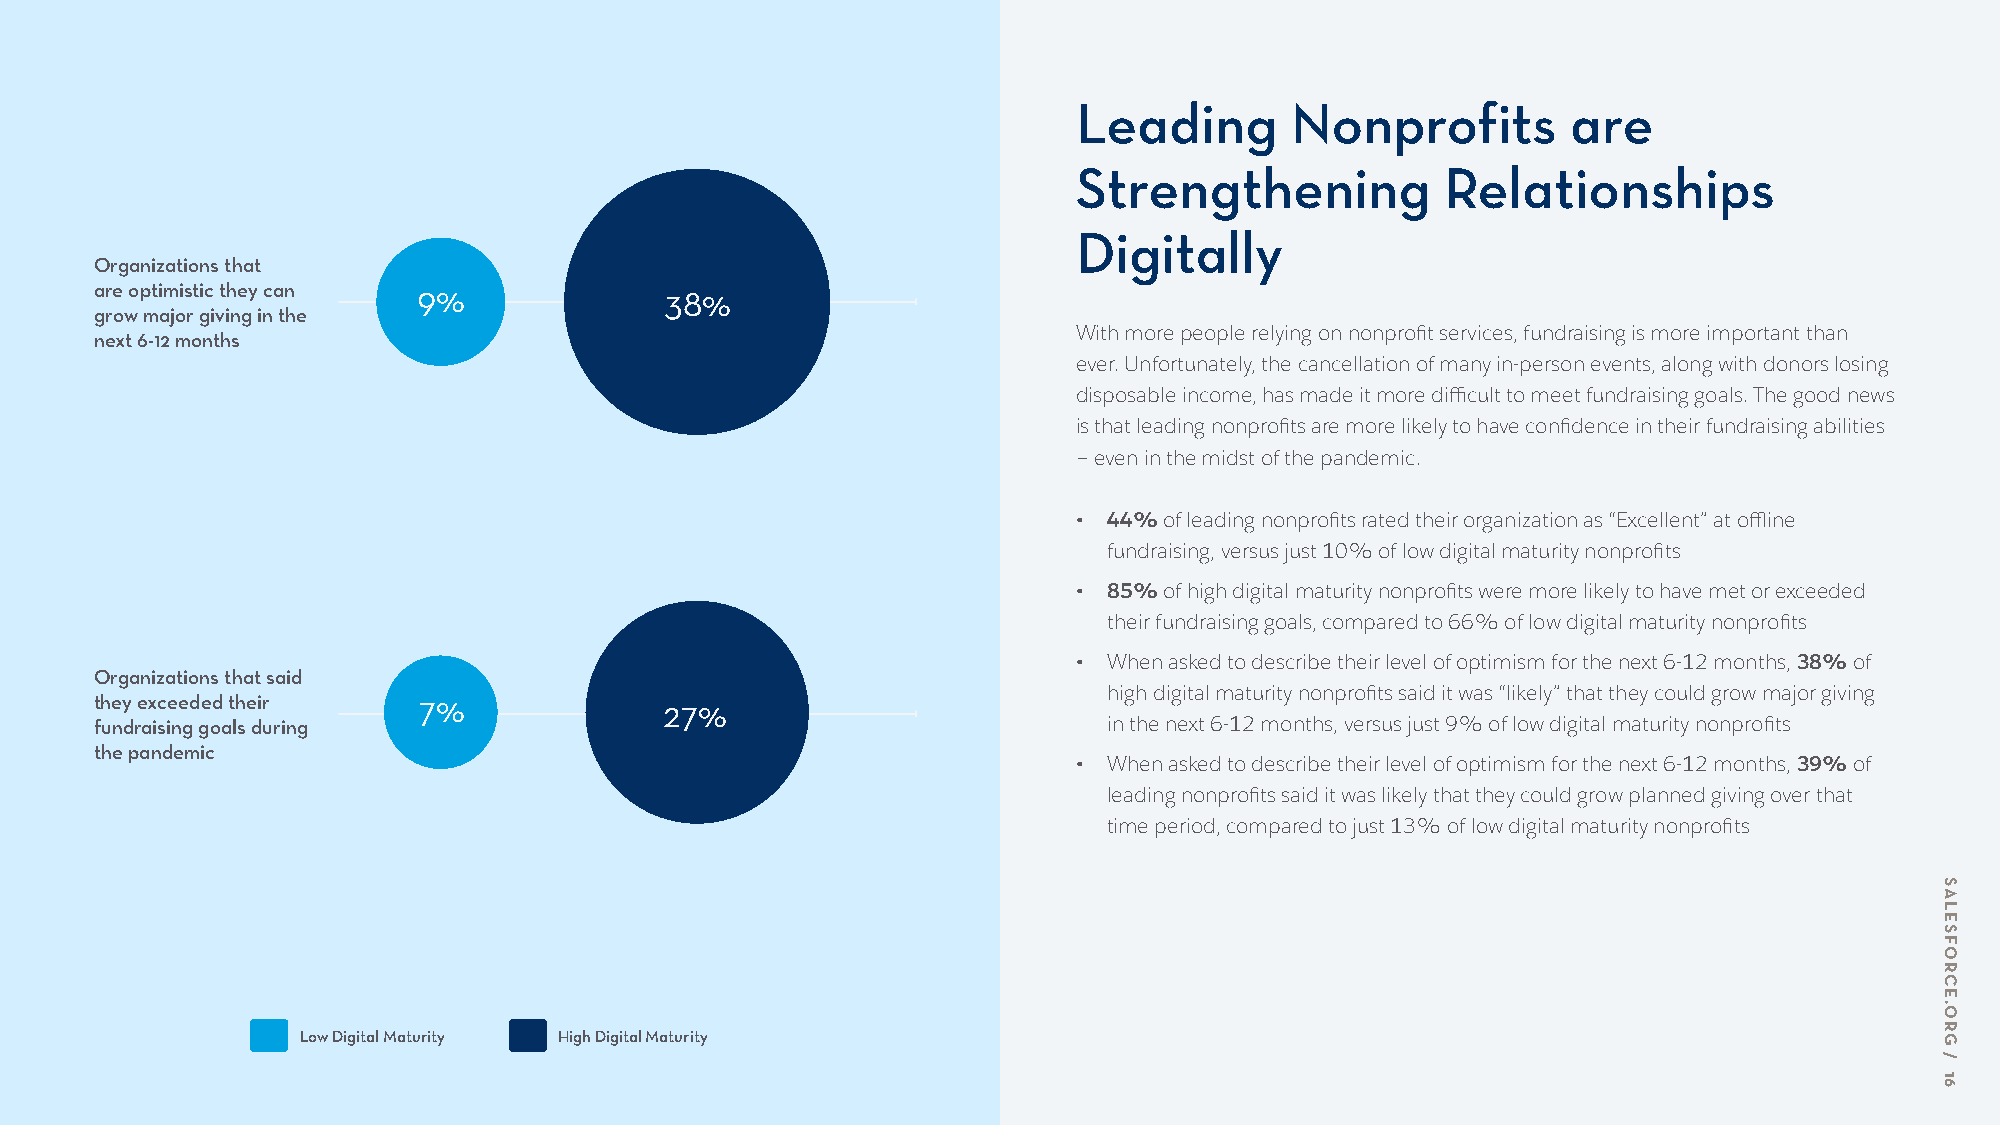
Leading       Nonprofits         are
 Strengthening            Relationships
 Digitally
 Organizations that
 are optimistic they can 9%            38%
 grow major giving in the
 With more people relying on nonprofit services, fundraising is more important than
 next 6-12 months
 ever. Unfortunately, the cancellation of many in-person events, along with donors losing
 disposable income, has made it more difficult to meet fundraising goals. The good news
 is that leading nonprofits are more likely to have confidence in their fundraising abilities
 – even in the midst of the pandemic.
 • 44% of leading nonprofits rated their organization as “Excellent” at offline
 fundraising, versus just 10% of low digital maturity nonprofits
 • 85% of high digital maturity nonprofits were more likely to have met or exceeded
 their fundraising goals, compared to 66% of low digital maturity nonprofits
 • When asked to describe their level of optimism for the next 6-12 months, 38% of
 Organizations that said
 high digital maturity nonprofits said it was “likely” that they could grow major giving
 they exceeded their   7%              27%
 fundraising goals during                                           in the next 6-12 months, versus just 9% of low digital maturity nonprofits
 the pandemic
 • When asked to describe their level of optimism for the next 6-12 months, 39% of
 leading nonprofits said it was likely that they could grow planned giving over that
 time period, compared to just 13% of low digital maturity nonprofits
 Low Digital Maturity High Digital Maturity
 SALESFORCE.ORG
 /
 16